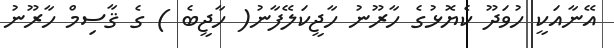
އޭނާއަކީ ހުވަދޫ ކެޔޮޅުގެ ހާރޫނު ހާޖީކަލޭފާނު( ހާޖީބެ ) ގެ ޤާސިމް ހާރޫނު